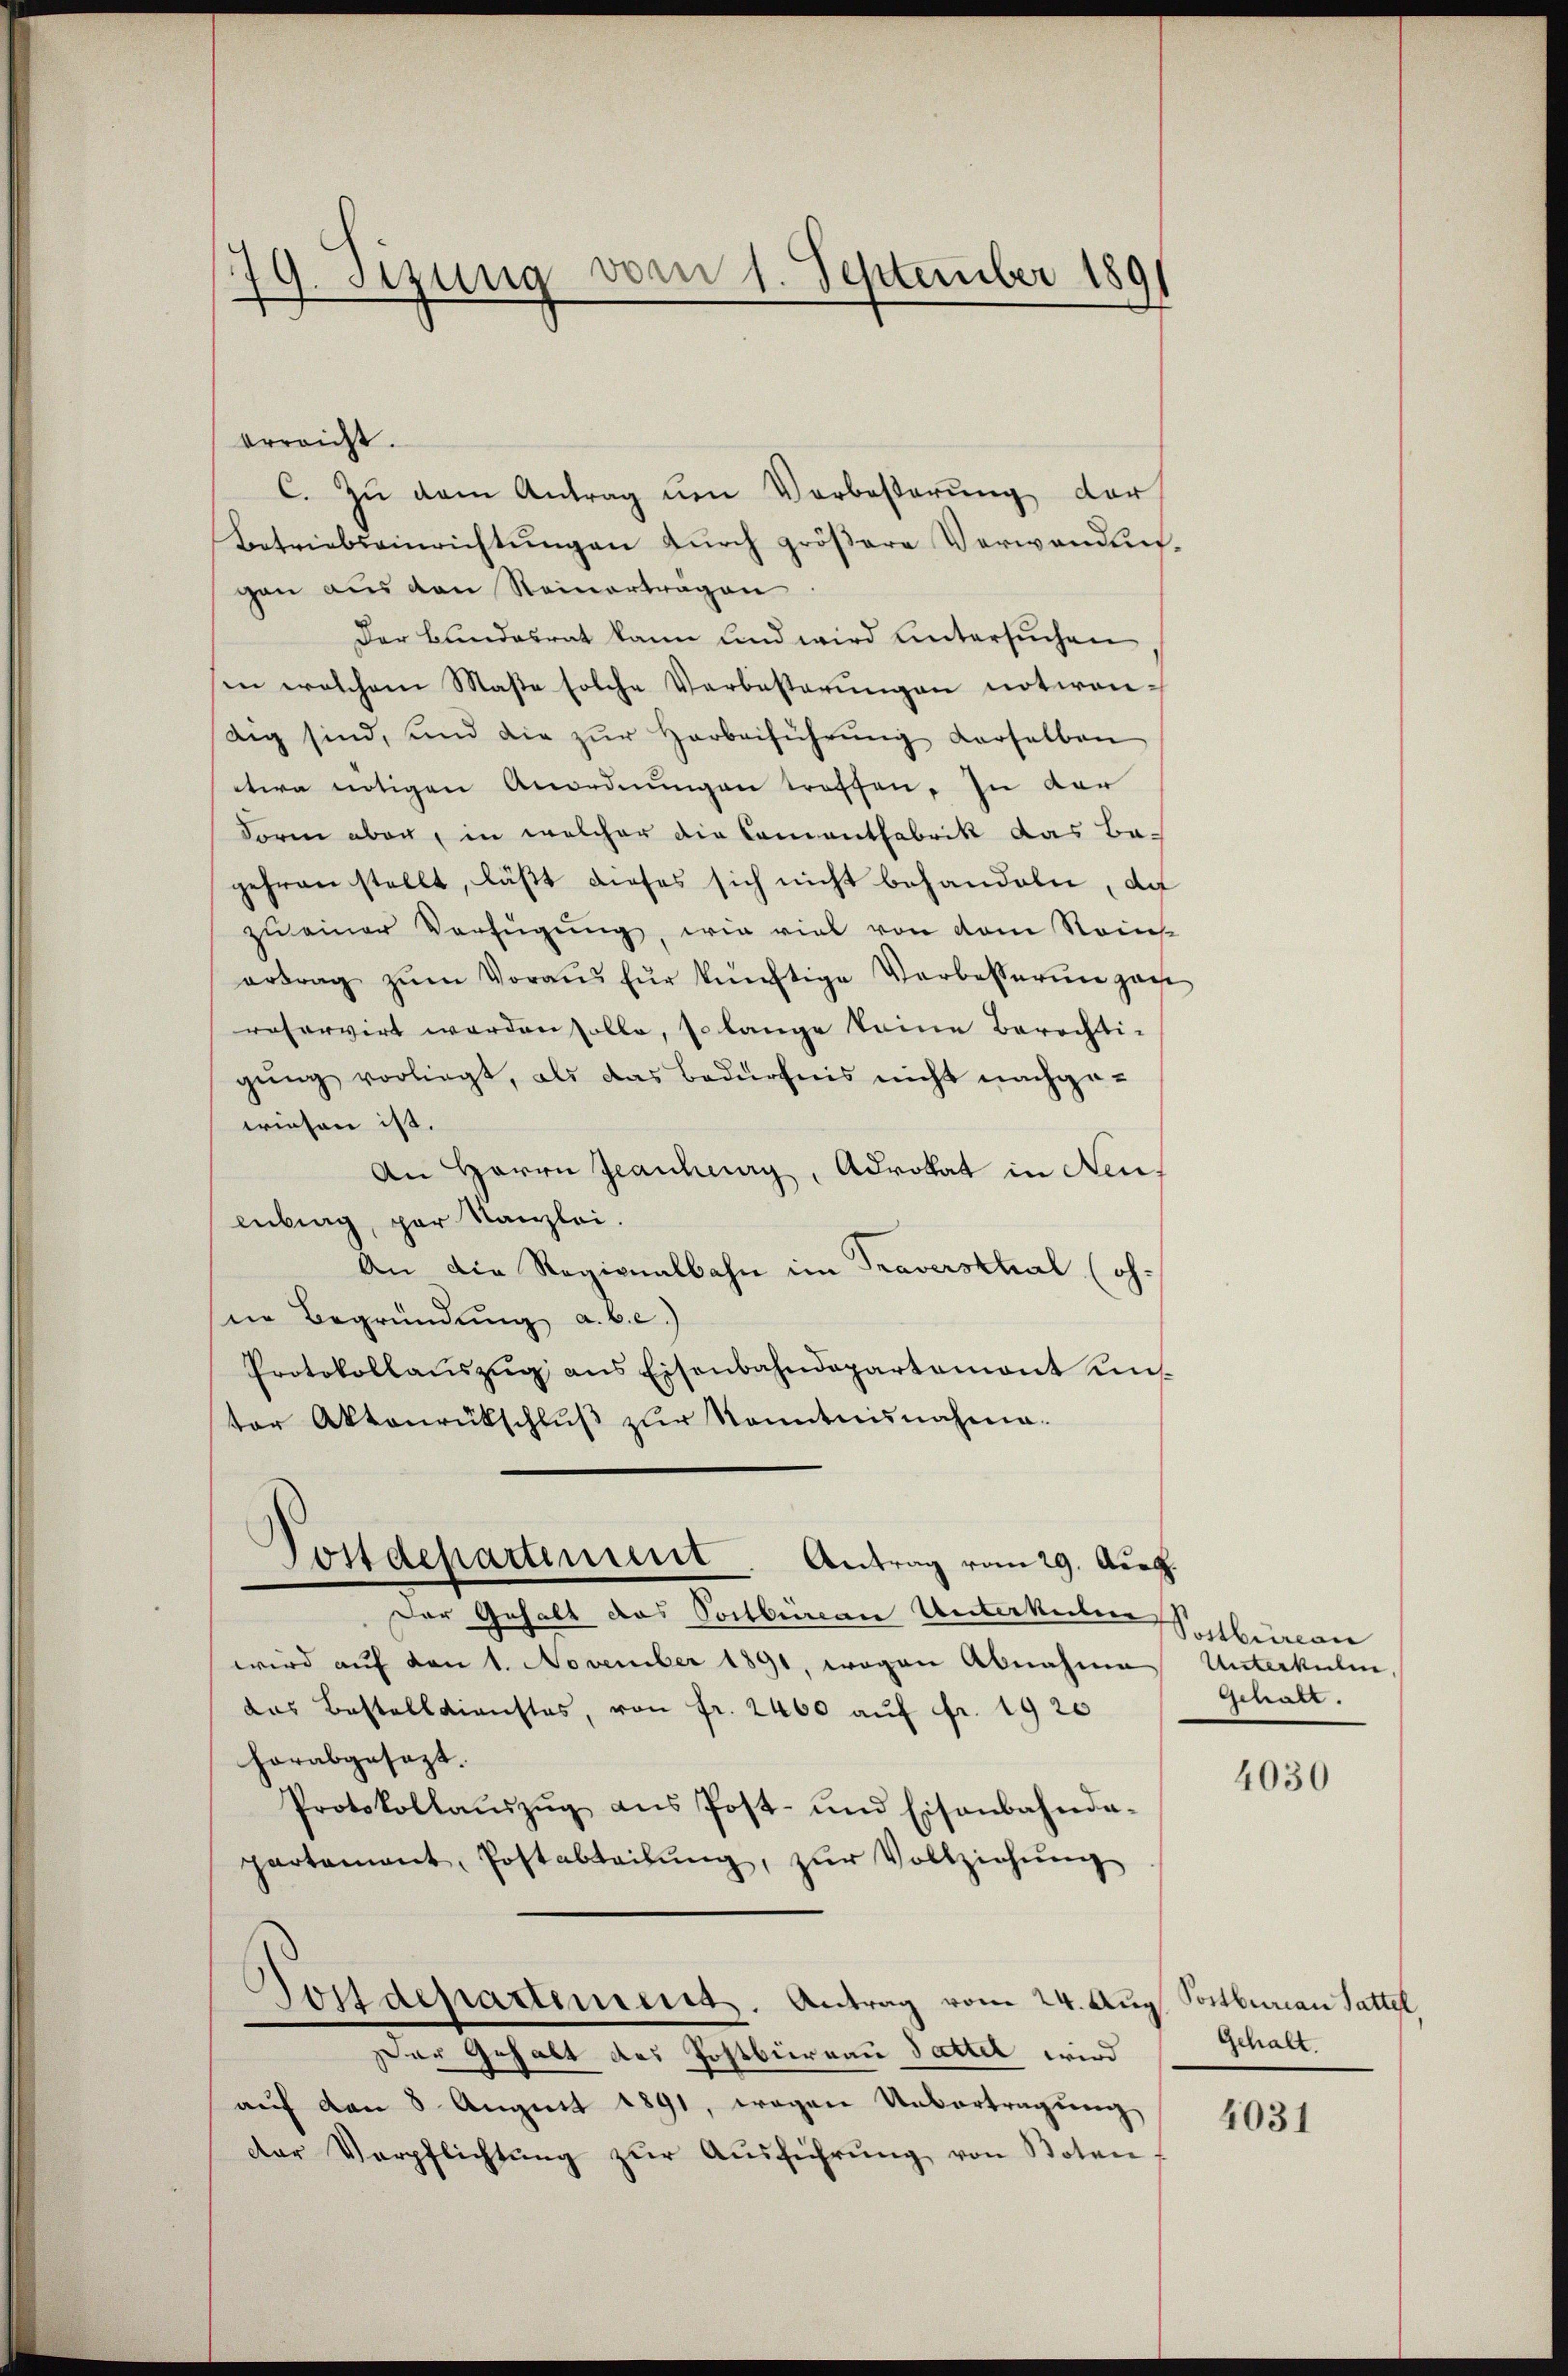
erreicht.
C. Zu dem Antrag um Vorbesterung der
Betriebseinrichtungen durch größere Verwandungon aus den Reinertragen
Der Bundesrat kann sind wird untersuchen
sen welchem Maße solche Verbesterŭngen notwendig sind, und die zŭr Herbeiführŭng derselben
etwa nötigen Anordnungen troffen, in dar
Form aber, in welcher die Comentfabrik das Bagehranstellt, läßt dieses sich nicht behandeln, da
zu einer Verfügung, wie viel von dem Reins
ertrag zŭm Voraus für künftige Vorbesserin gan
reservirt werden solle, so lange keine Berechti-
gŭng vorliegt, als das bedürfnis nicht nachge-
wiesen ist.
An Herrn Jeankung, Advokat in Neuf
enburg, par Kanzlei.
An die Regionalbahn im Traversthal (ohne Begründung a. b. c.)
Protokollaŭszŭg ans Eisenbahndepartemont uns
ter Aktenrückschlŭβ zŭr Kenntnisnahme.

s
77 etzung vom 1. September 189

Postdepartement. Antrag vom 29. Aug.

Der Gehalt das Postburcan Unterkeiten
wird auf den 1. November 1891, wogen Abnahme Unterkulin
das Bestelldienstes, von fr. 2400 aŭf fr. 1920
horabgesezt.
Protokollaŭszŭg ans Post- und Eisenbahnda-
partement, Postabteilŭng, zŭr Vollziehŭng
Tostdepartement. Antrag vom 24. Aug. Postburau Sattel,
Der Gehalt des Postbüreau dattet wird Gehalt
auf den 3. August 1891, wegen Uebertragung
der Verpflichtŭng zŭr Aŭsführŭng von Noten

Postbüreau
Schatt.

4030

4031